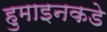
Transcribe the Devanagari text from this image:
हुमाइनकडे